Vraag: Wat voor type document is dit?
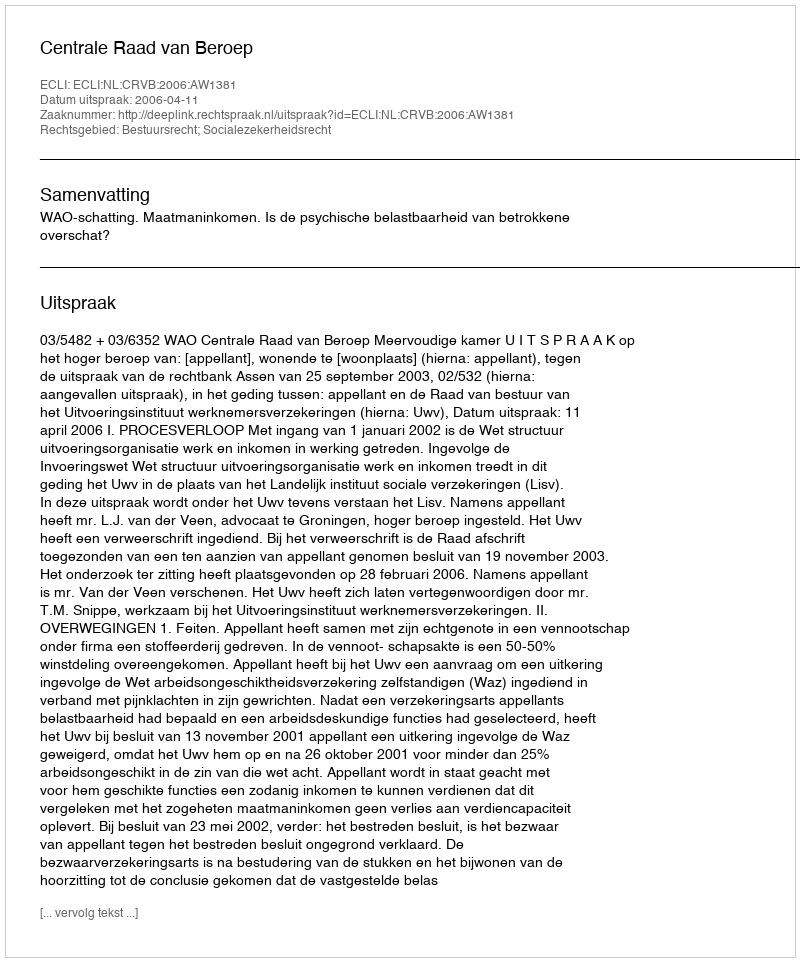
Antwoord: Uitspraak